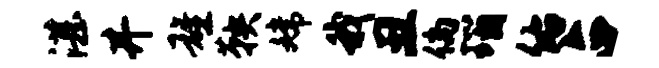
湛井雄鞅嫦我丑倘瑙佑占